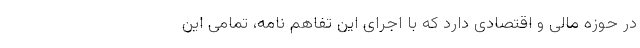
در حوزه مالی و اقتصادی دارد که با اجرای این تفاهم نامه، تمامی این